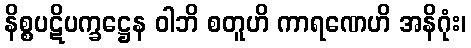
နိစ္စပဋိပက္ခဋ္ဌေန ဝါဘိ စတူဟိ ကာရဏေဟိ အနိဂုံး၊